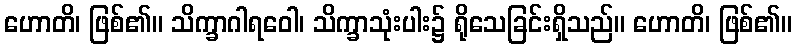
ဟောတိ၊ ဖြစ်၏။ သိက္ခာဂါရဝေါ၊ သိက္ခာသုံးပါး၌ ရိုသေခြင်းရှိသည်။ ဟောတိ၊ ဖြစ်၏။